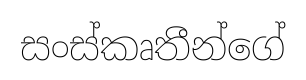
සංස්කෘතීන්ගේ